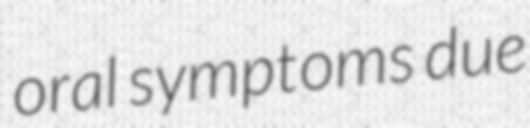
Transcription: oral symptoms due